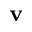
\mathbf { v }